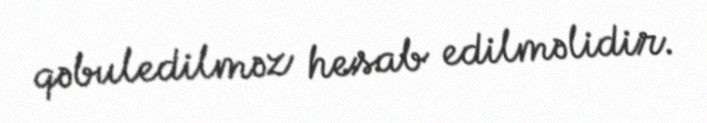
qəbuledilməz hesab edilməlidir.